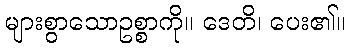
များစွာသောဥစ္စာကို။ ဒေတိ၊ ပေး၏။